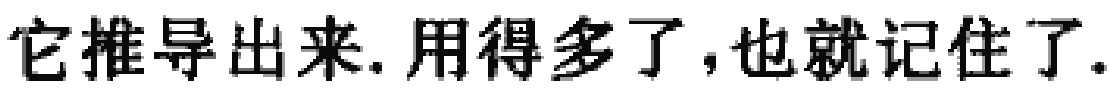
它推导出来. 用得多了,也就记住了.